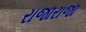
રાજારાજા